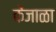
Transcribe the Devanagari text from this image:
केंजाळा